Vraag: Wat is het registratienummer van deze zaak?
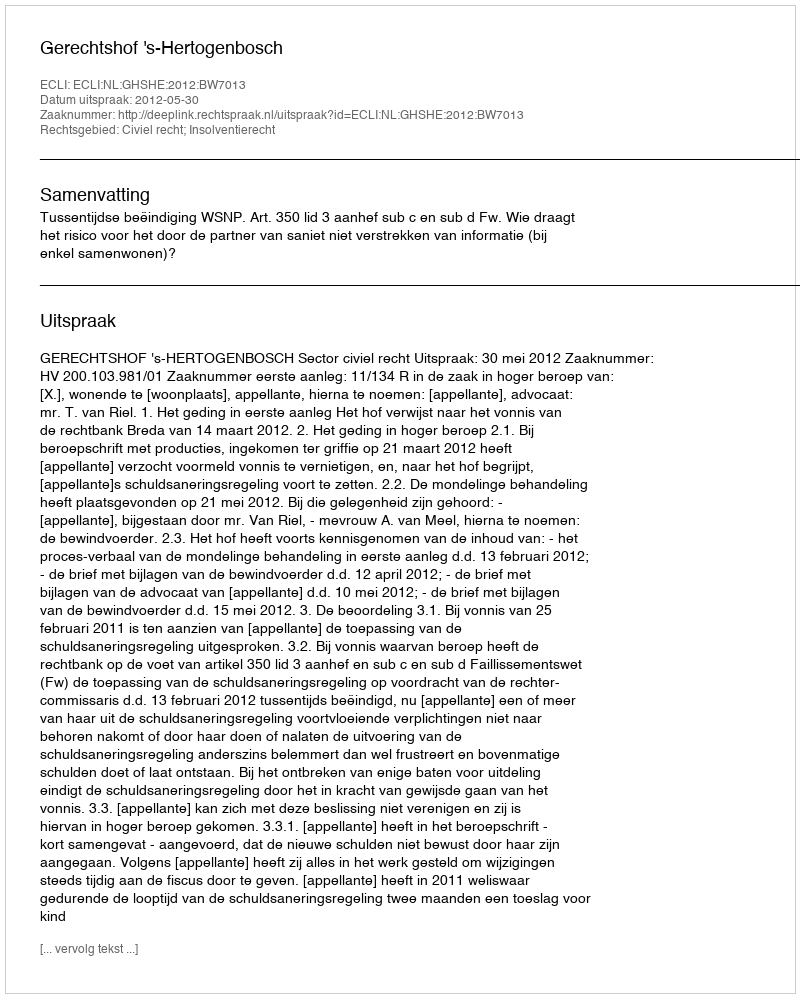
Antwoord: http://deeplink.rechtspraak.nl/uitspraak?id=ECLI:NL:GHSHE:2012:BW7013